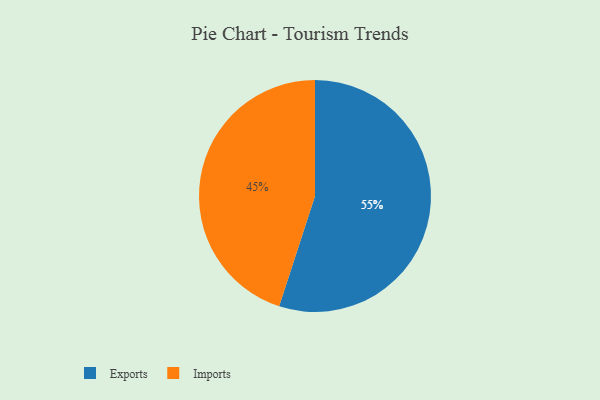
{"axis": {"x": "Category", "y": "Percentage"}, "legend": ["Exports", "Imports"], "data": [{"x": "Exports", "y": 55, "type": "Exports"}, {"x": "Imports", "y": 45, "type": "Imports"}]}